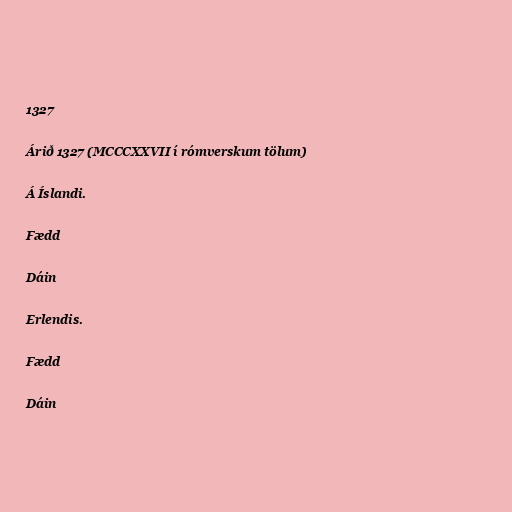
1327

Árið 1327 (MCCCXXVII í rómverskum tölum)

Á Íslandi.

Fædd

Dáin

Erlendis.

Fædd

Dáin